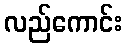
လည်ကောင်း